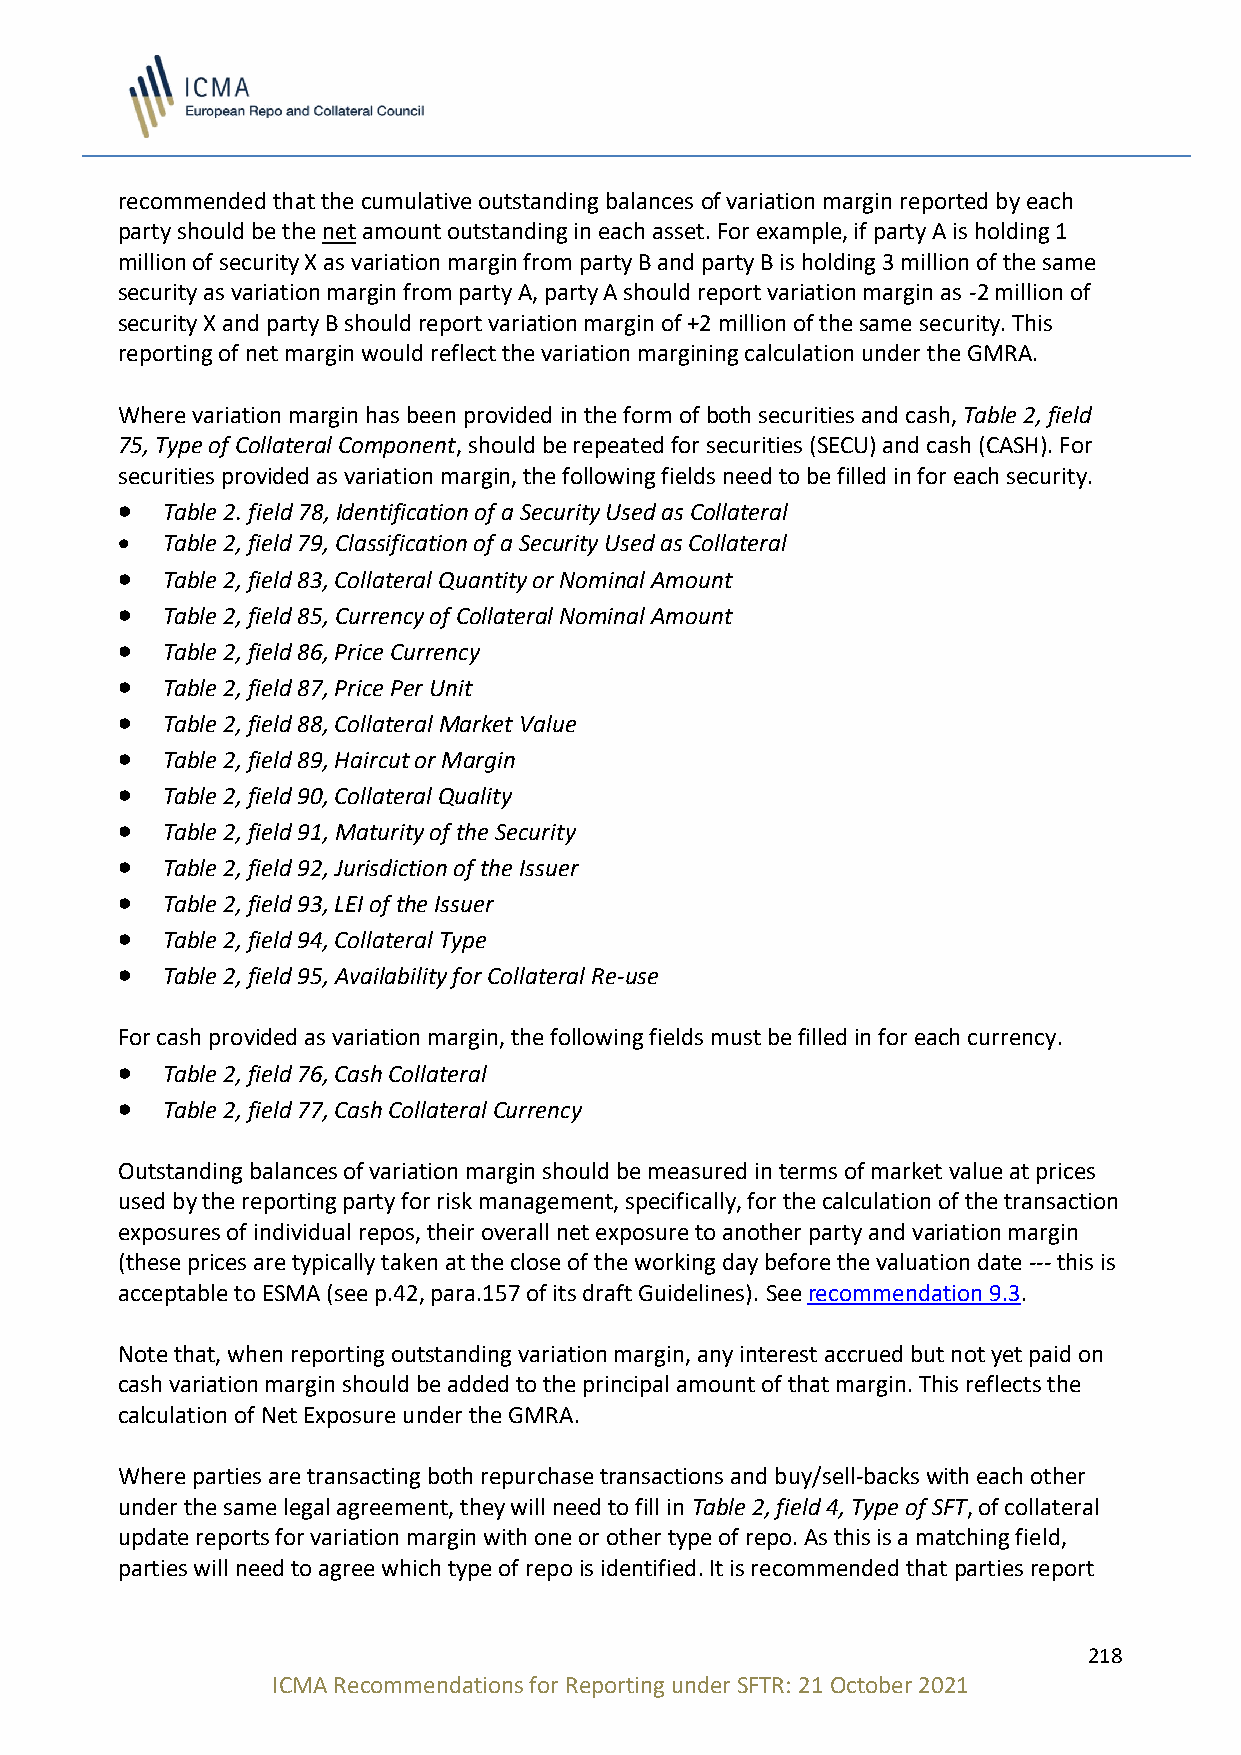
recommended that the cumulative outstanding balances of variation margin reported by each
 party should be the net amount outstanding in each asset. For example, if party A is holding 1
 million of security X as variation margin from party B and party B is holding 3 million of the same
 security as variation margin from party A, party A should report variation margin as -2 million of
 security X and party B should report variation margin of +2 million of the same security. This
 reporting of net margin would reflect the variation margining calculation under the GMRA.
 Where variation margin has been provided in the form of both securities and cash, Table 2, field
 75, Type of Collateral Component, should be repeated for securities (SECU) and cash (CASH). For
 securities provided as variation margin, the following fields need to be filled in for each security.
 •  Table 2. field 78, Identification of a Security Used as Collateral
 •  Table 2, field 79, Classification of a Security Used as Collateral
 •  Table 2, field 83, Collateral Quantity or Nominal Amount
 •  Table 2, field 85, Currency of Collateral Nominal Amount
 •  Table 2, field 86, Price Currency
 •  Table 2, field 87, Price Per Unit
 •  Table 2, field 88, Collateral Market Value
 •  Table 2, field 89, Haircut or Margin
 •  Table 2, field 90, Collateral Quality
 •  Table 2, field 91, Maturity of the Security
 •  Table 2, field 92, Jurisdiction of the Issuer
 •  Table 2, field 93, LEI of the Issuer
 •  Table 2, field 94, Collateral Type
 •  Table 2, field 95, Availability for Collateral Re-use
 For cash provided as variation margin, the following fields must be filled in for each currency.
 •  Table 2, field 76, Cash Collateral
 •  Table 2, field 77, Cash Collateral Currency
 Outstanding balances of variation margin should be measured in terms of market value at prices
 used by the reporting party for risk management, specifically, for the calculation of the transaction
 exposures of individual repos, their overall net exposure to another party and variation margin
 (these prices are typically taken at the close of the working day before the valuation date --- this is
 acceptable to ESMA (see p.42, para.157 of its draft Guidelines). See recommendation 9.3.
 Note that, when reporting outstanding variation margin, any interest accrued but not yet paid on
 cash variation margin should be added to the principal amount of that margin. This reflects the
 calculation of Net Exposure under the GMRA.
 Where parties are transacting both repurchase transactions and buy/sell-backs with each other
 under the same legal agreement, they will need to fill in Table 2, field 4, Type of SFT, of collateral
 update reports for variation margin with one or other type of repo. As this is a matching field,
 parties will need to agree which type of repo is identified. It is recommended that parties report
 218
 ICMA Recommendations for Reporting under SFTR: 21 October 2021